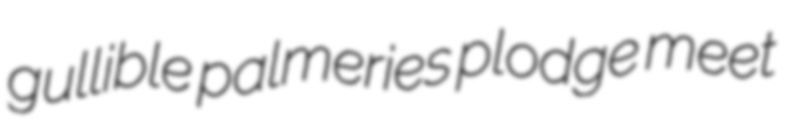
gullible palmeries plodge meet